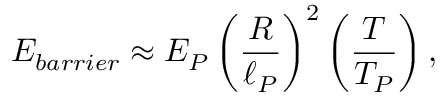
E _ { b a r r i e r } \approx E _ { P } \left( { \frac { R } { \ell _ { P } } } \right) ^ { 2 } \left( { \frac { T } { T _ { P } } } \right) ,